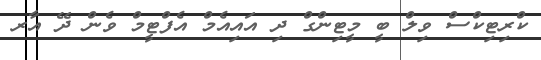
ކްރިޓިކްސް ވިލް ބީ މީޓިންގް ދި އައިއެމް އެފްޓީމް ވެން ދޭ އާރ